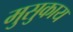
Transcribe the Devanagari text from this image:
मुसुकाय